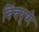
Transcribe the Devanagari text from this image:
बिंबपुष्पे